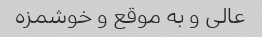
عالی و به موقع و خوشمزه